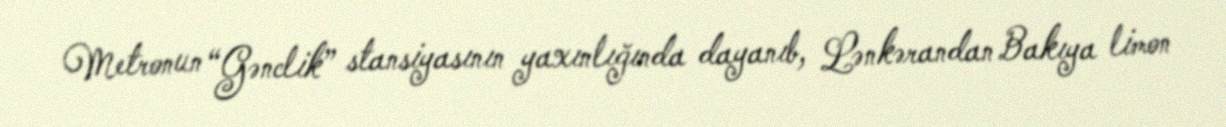
Metronun “Gənclik” stansiyasının yaxınlığında dayanıb, Lənkərandan Bakıya limon